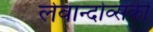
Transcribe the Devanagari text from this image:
लेवान्दोव्सकी